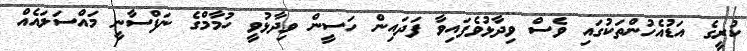
ކުރީގެ އަޑުއެހުންތަކުގައި ވެސް ވިދާޅުވެފައިވާ ފަދައިން ހަސީން ވިދާޅުވީ ހުމާމްގެ ނަފްސާނީ މައްސަލައެއް